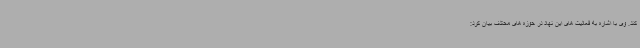
کند. وی با اشاره به فعالیت های این نهاد در حوزه های محتلف بیان کرد: